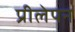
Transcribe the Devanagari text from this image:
प्रीलेपन